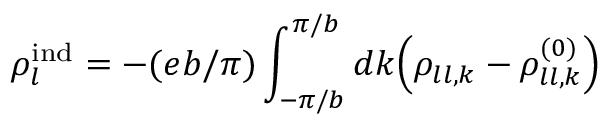
\rho _ { l } ^ { \mathrm { i n d } } = - ( e b / \pi ) \int _ { - \pi / b } ^ { \pi / b } d k \mathopen { } \left( \rho _ { l l , k } - \rho _ { l l , k } ^ { ( 0 ) } \right) \mathclose { }